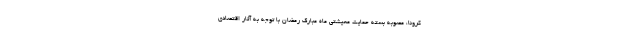
کرونا، مصوبه بسته حمایت معیشتی ماه مبارک رمضان با توجه به آثار اقتصادی